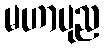
မဟာပုည